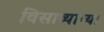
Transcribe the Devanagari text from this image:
विसाव्याच्या